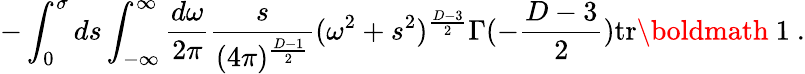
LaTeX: -\int_{0}^{\sigma}ds\int_{-\infty}^{\infty}\frac{d\omega}{2\pi}\frac{s}{(4\pi)^{\frac{D-1}{2}}}(\omega^{2}+s^{2})^{\frac{D-3}{2}}\Gamma(-\frac{D-3}{2})\mathrm{tr}\mathrm{\boldmath~1~}.